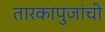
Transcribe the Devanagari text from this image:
तारकापुंजांची